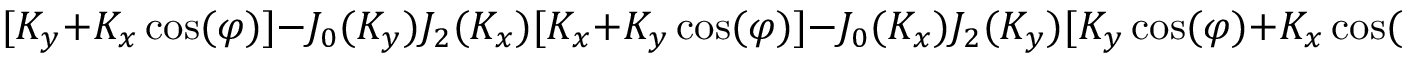
\, [ K _ { y } + K _ { x } \cos ( \varphi ) ] - J _ { 0 } ( K _ { y } ) J _ { 2 } ( K _ { x } ) [ K _ { x } + K _ { y } \cos ( \varphi ) ] - J _ { 0 } ( K _ { x } ) J _ { 2 } ( K _ { y } ) [ K _ { y } \cos ( \varphi ) + K _ { x } \cos ( 2 \varphi ) ] \} \} / 2